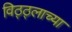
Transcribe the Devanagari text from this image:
विठ्ठ्लाच्या